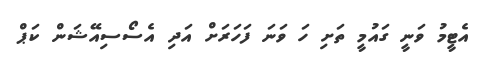
އެޓީމު ވަނީ ގައުމީ ތަށި ހަ ވަނަ ފަހަރަށް އަދި އެސޯސިއޭޝަން ކަޕް